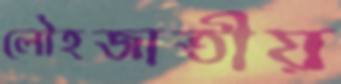
লৌহজাতীয়